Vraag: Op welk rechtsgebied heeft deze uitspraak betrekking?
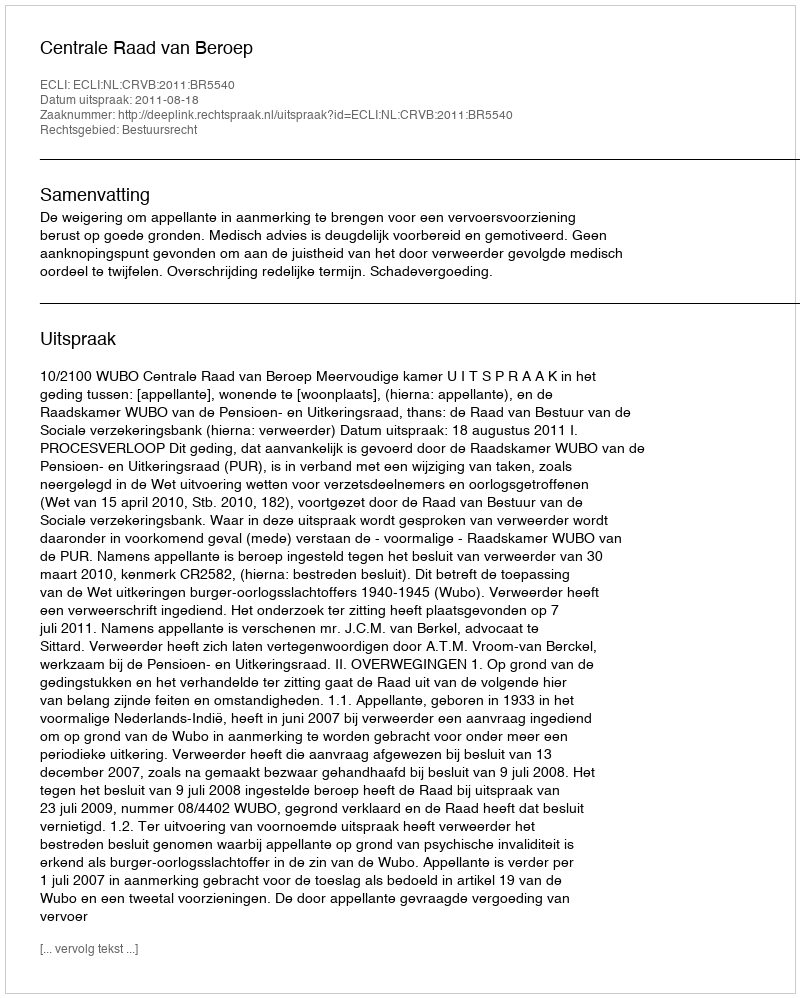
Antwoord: Bestuursrecht